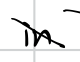
Text: in
Cross-out: diagonal
Writing tool: digital_black